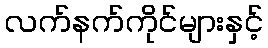
လက်နက်ကိုင်များနှင့်